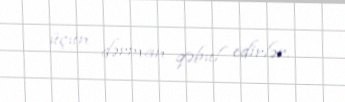
üçün dərman qəbul edirlər.